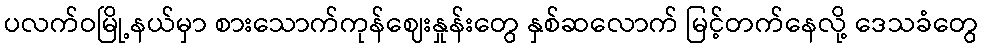
ပလက်ဝမြို့နယ်မှာ စားသောက်ကုန်ဈေးနှုန်းတွေ နှစ်ဆလောက် မြင့်တက်နေလို့ ဒေသခံတွေ